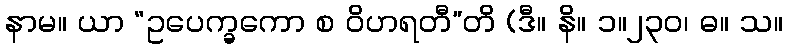
နာမ။ ယာ “ဥပေက္ခကော စ ဝိဟရတီ”တိ (ဒီ။ နိ။ ၁။၂၃၀၊ ဓ။ သ။